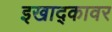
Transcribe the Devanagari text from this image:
इखाद्कावर